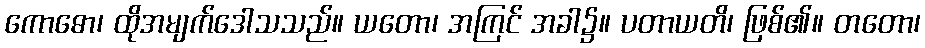
ကောဓော၊ ထိုအမျက်ဒေါသသည်။ ယတော၊ အကြင် အခါ၌။ ပတာယတိ၊ ဖြစ်၏။ တတော၊